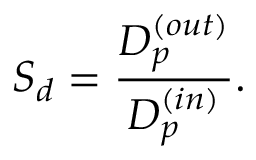
{ \cal S } _ { d } = { \frac { D _ { p } ^ { ( o u t ) } } { D _ { p } ^ { ( i n ) } } } .